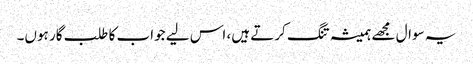
یہ سوال مجھے ہمیشہ تنگ کرتے ہیں، اس لیے جواب کا طلب گار ہوں۔